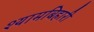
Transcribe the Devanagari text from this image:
श्यामबिहारी